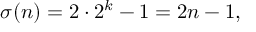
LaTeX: \sigma ( n ) = 2 \cdot 2 ^ { k } - 1 = 2 n - 1 ,